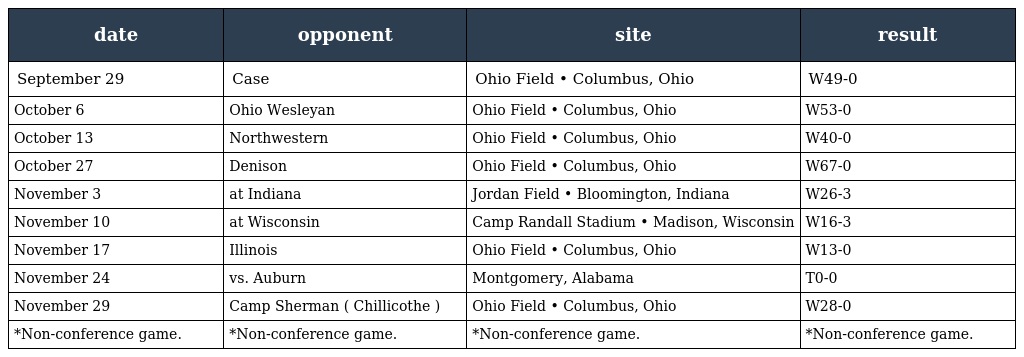
| date | opponent | site | result |
 | --- | --- | --- | --- |
 | September 29 | Case | Ohio Field • Columbus, Ohio | W49-0 |
 | October 6 | Ohio Wesleyan | Ohio Field • Columbus, Ohio | W53-0 |
 | October 13 | Northwestern | Ohio Field • Columbus, Ohio | W40-0 |
 | October 27 | Denison | Ohio Field • Columbus, Ohio | W67-0 |
 | November 3 | at Indiana | Jordan Field • Bloomington, Indiana | W26-3 |
 | November 10 | at Wisconsin | Camp Randall Stadium • Madison, Wisconsin | W16-3 |
 | November 17 | Illinois | Ohio Field • Columbus, Ohio | W13-0 |
 | November 24 | vs. Auburn | Montgomery, Alabama | T0-0 |
 | November 29 | Camp Sherman ( Chillicothe ) | Ohio Field • Columbus, Ohio | W28-0 |
 | *Non-conference game. | *Non-conference game. | *Non-conference game. | *Non-conference game. |